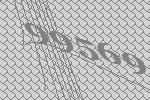
99569